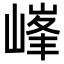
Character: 𡻀